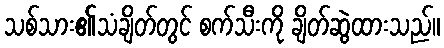
သစ်သား၏သံချိတ်တွင် စက်သီးကို ချိတ်ဆွဲထားသည်။